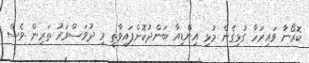
ކޮރޯނާ ވައިރަހާ ގުޅިގެން މުޅި އިންޑިއާ ބަންދުކޮށްފައިވާތީ މި ދުވަސްވަރު ތަރިން ވެސް